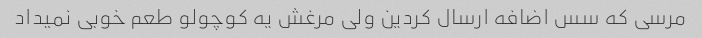
مرسی که سس اضافه ارسال کردین ولی مرغش یه کوچولو طعم خوبی نمیداد